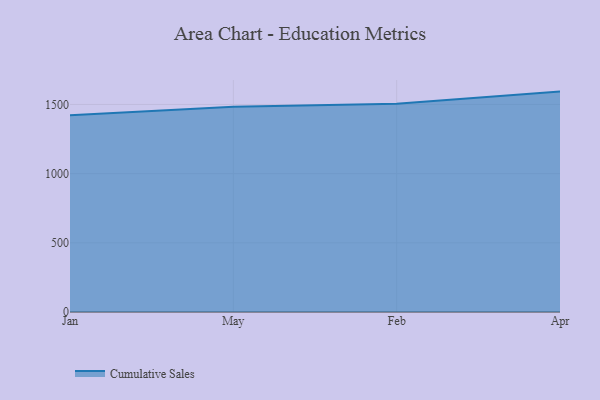
{"axis": {"x": "Month", "y": "Net Income (USD K)"}, "legend": ["Cumulative Sales"], "data": [{"x": "Jan", "y": 1422.1, "type": "Cumulative Sales"}, {"x": "May", "y": 1483.8, "type": "Cumulative Sales"}, {"x": "Feb", "y": 1504.4, "type": "Cumulative Sales"}, {"x": "Apr", "y": 1593.0, "type": "Cumulative Sales"}]}